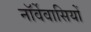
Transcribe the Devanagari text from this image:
नॉर्वेवासियों